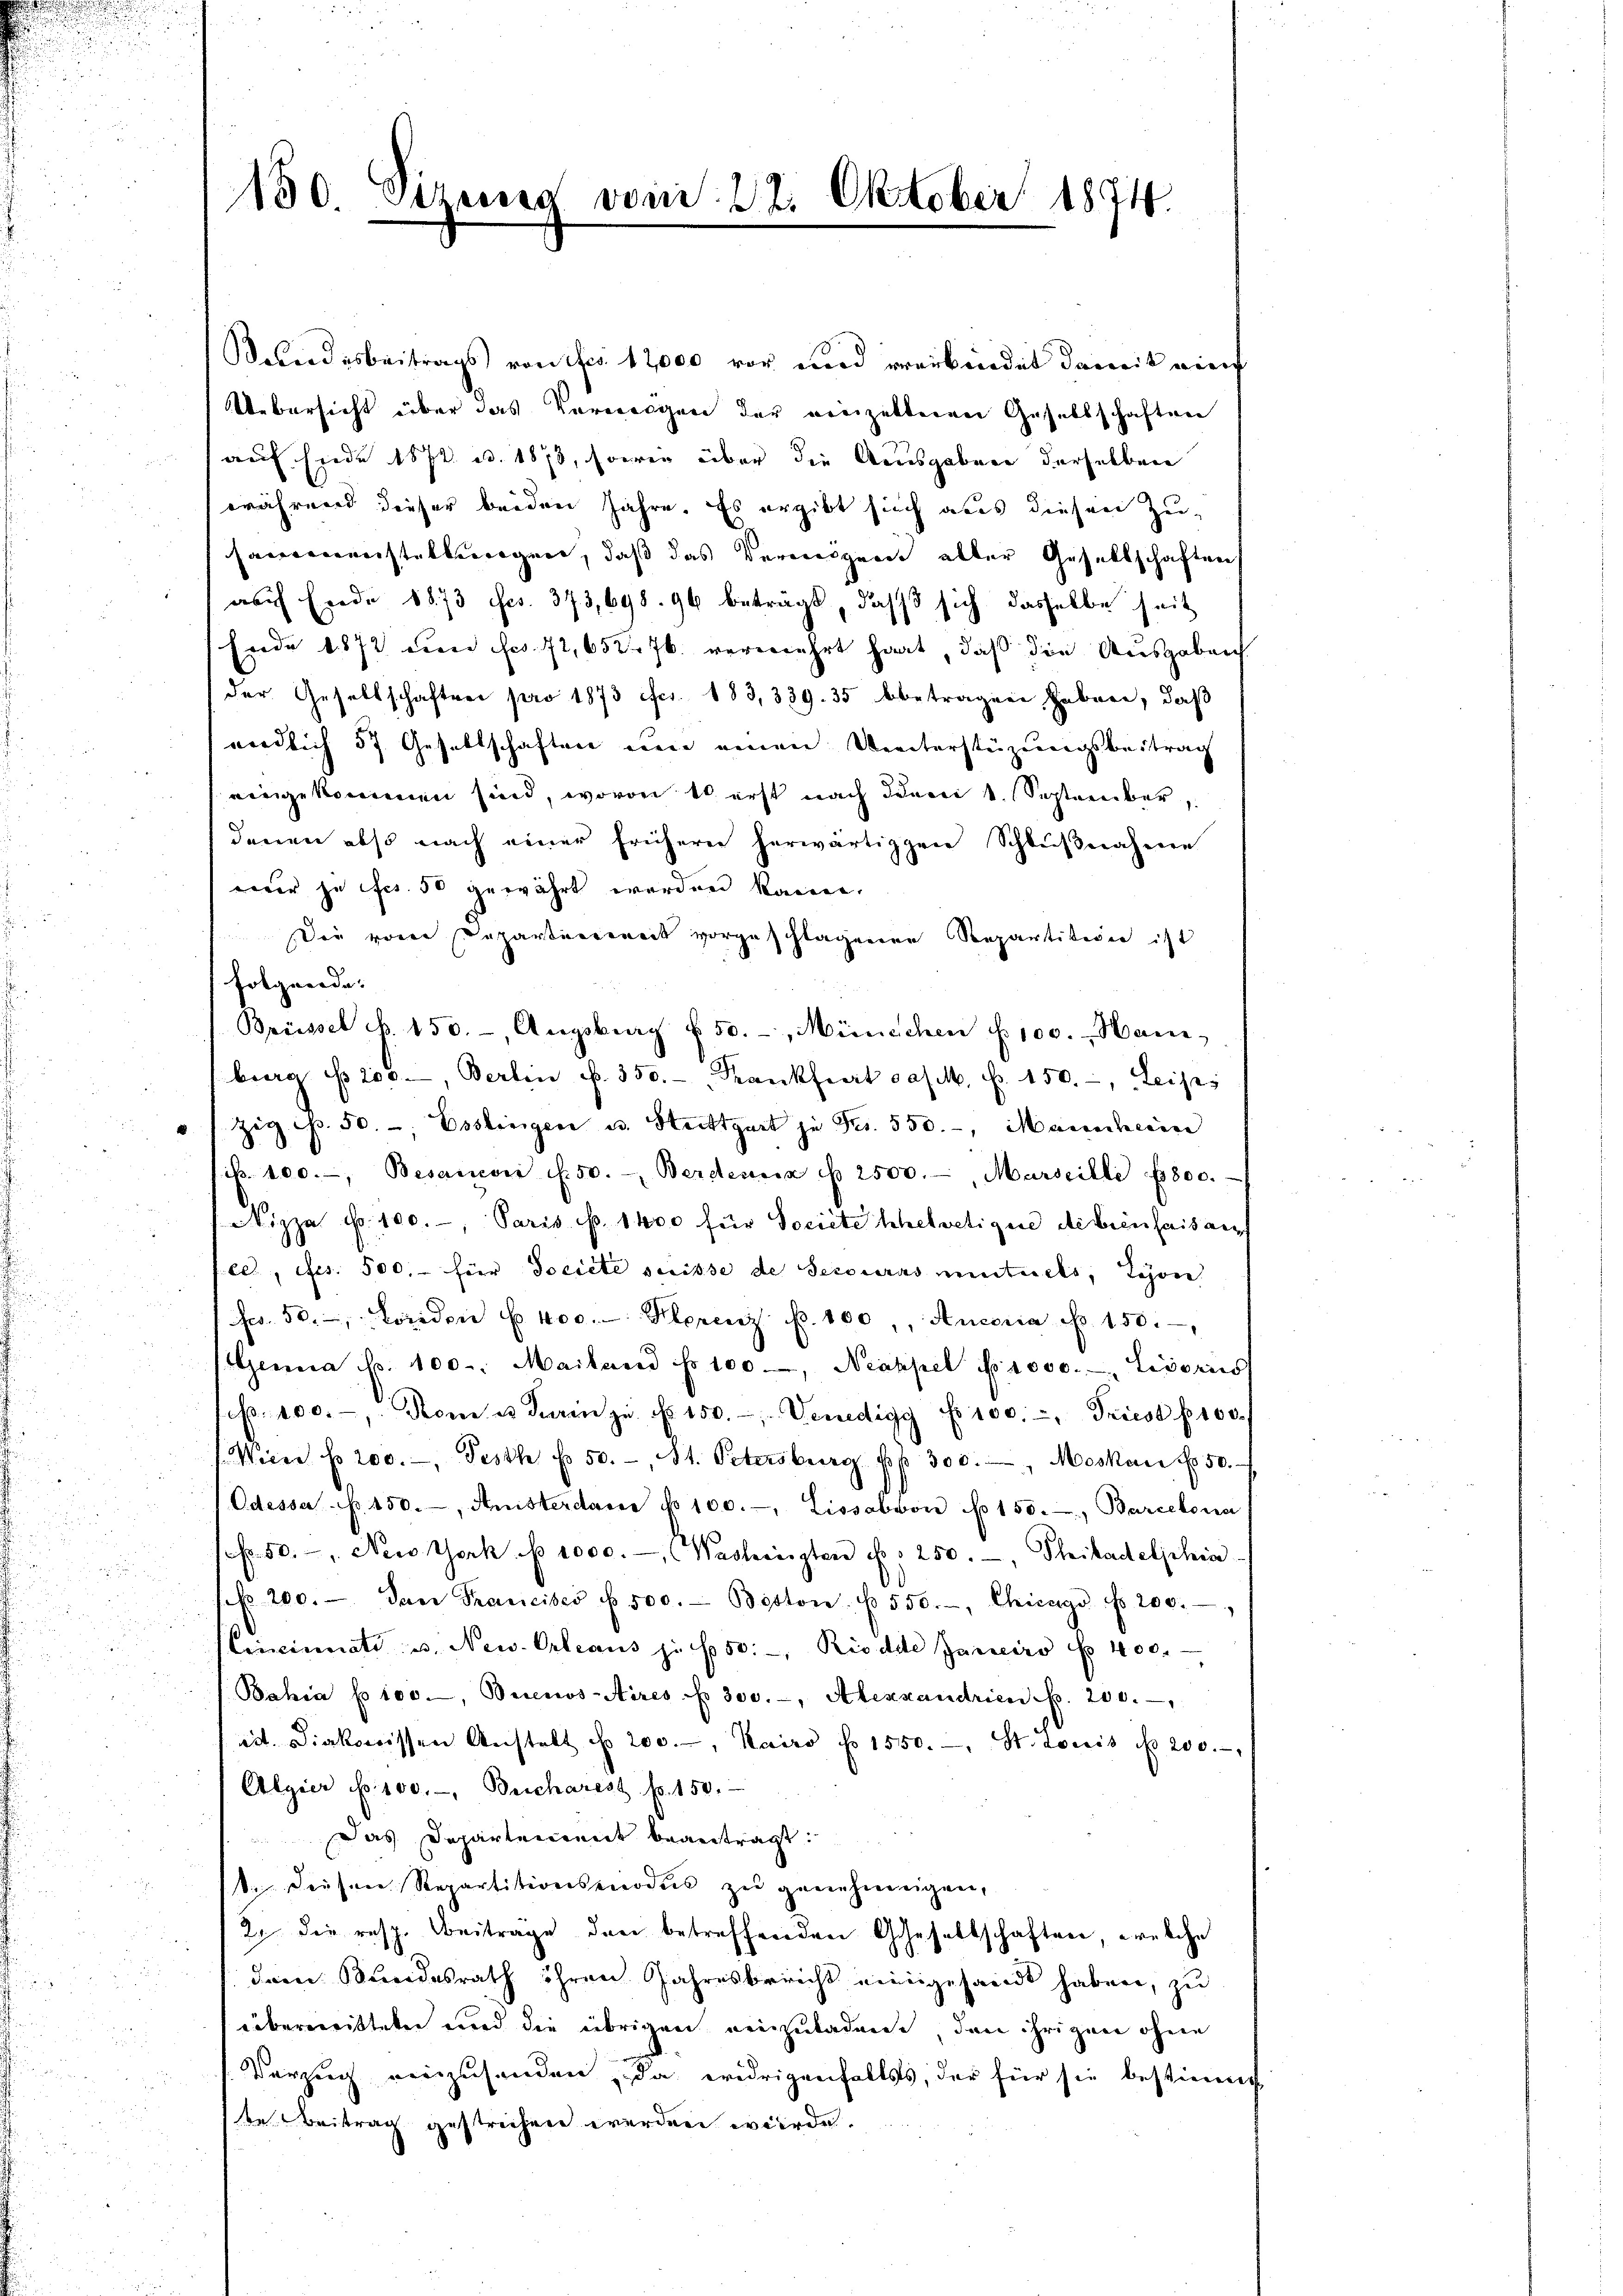
Bundesbeitrags von fr. 12000 vor und verbindet damit rief
Uebersicht über das Vermögen der einzelteren Gesellschaften
auf siede 1872 u. 1873, sowie über die Ausgaben derselben
während dieser beiden Jahre. Es ergibt sich aus diesen Zu-
sammenenstellungen, daß das Vermögens aller Gesellschaften
auch Ende 1873 es. 373,698. 96 beträgt, daß sich dasselbe seit
Ende 1872 um Fr. 72, 652 J. vermehrt hat, daß die Ausgaben
der Gesellschaften pro 1873 efcr. 183, 339. 35 betragen haben, daß
endlich 57 Gesellschaften um einen Unterstüzungsbeitrag
eingekommen sind, wovon 10 erst nach den 1. September,
denen also nach einer frühere herwärtigen Schlußnahme
nur je fcs. 50 gewährt worden kann,
Die von Separten weit vorgeschlagenen Repartition ist
folgende:
Brüssel d. 150.- Angstrag u. 50.-, Münschen f. 100. Ham
burg ist 200, Berlin Nr. 350.- Frankfiert das M. Nr. 150.-, Leises
" zig p. 50. - Esslingen u. Stuttgart je Fr. 550. Maincherin
sp. 100.-, Besandon f. 50. Berdena u. 2500.-, Marseilli 1800.
Nizza No. 100.-, Paris p. 1400 für Societe helvetique de bien faisan
ee, fes. 500.- für Societe serisse de secourus meniturels, Lyon
Fr. 50. Loriden u. 400. Florenz p. 100, Autoria No. 150.
Genua No. 100. Mailand No 100, Neapel provo. - Lisoris
p. 100.-, Rom u. darin zŭ fr. 150. Venedigg f 100.-, Triest p100.
Wien No. 200.-, Pesth f. 50. St. Petersburg pp. 300., Moskau No. 50.
Odessa p. 450. Amisterdare No 100.-, Lissabvon No 150. Barcelona
1fr. 50." New York p 1000.- (Washingten u. 250. Philadelphia
NNo. 200. dan Francises u. 500. Boston. ( 550.-, Chicago No. 200.
Cincinati u. New-Orleaus zu 50. Riedle Janeiro No 400.
Bahia No 100, Buenos-Aires No 300.-, Alexxandrien p. 200.
et. Diakonissen Anstalt No 200.-, Kairo No 1550. — St. Louis No 200.
Algier No. 100. Beicharest pr. 150.
Das Departement beantragt:
S. diesen Repartitionsenoden zu genehmigen,
2. die resp. Beiträge den betreffenden Gesellschaften, welche
dem Kindesrath ihren Jahresbericht eingesandt haben, zu
überweitteten und die übrigen neinzuladene, den ihrigen ohne
Verzeig verzusenden, da widrigenfalls, der für sie bestimm
de Beitrag gestrechen werden würde.

150 Sizung vom 22. Oktober 1874.